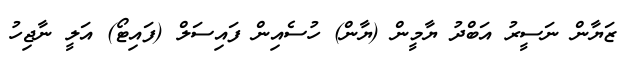
ޒަޔާން ނަސީރު އަބްދު ޔާމީން (ޔާން) ހުސެއިން ފައިސަލް (ފައިޓޯ) އަލީ ނާޖިހު